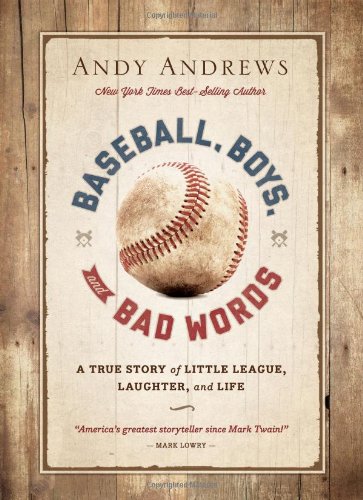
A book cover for Baseball, Boys, and Bad Words; Andy Andrews; Humor & Entertainment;